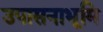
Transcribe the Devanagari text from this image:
उपासनाभूमि